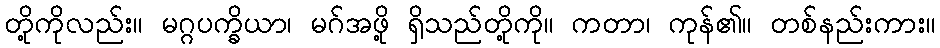
တို့ကိုလည်း။ မဂ္ဂပက္ခိယာ၊ မဂ်အဖို့ ရှိသည်တို့ကို။ ကတာ၊ ကုန်၏။ တစ်နည်းကား။